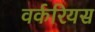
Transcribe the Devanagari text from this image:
वर्करियस